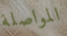
المواصلة